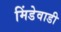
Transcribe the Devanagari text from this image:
मिंडेवाडी